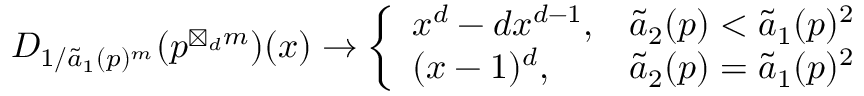
\begin{array} { r } { D _ { 1 / \widetilde { a } _ { 1 } ( p ) ^ { m } } ( p ^ { \boxtimes _ { d } m } ) ( x ) \rightarrow \left\{ \begin{array} { l l } { x ^ { d } - d x ^ { d - 1 } , } & { \widetilde { a } _ { 2 } ( p ) < \widetilde { a } _ { 1 } ( p ) ^ { 2 } } \\ { ( x - 1 ) ^ { d } , } & { \widetilde { a } _ { 2 } ( p ) = \widetilde { a } _ { 1 } ( p ) ^ { 2 } } \end{array} \right. } \end{array}